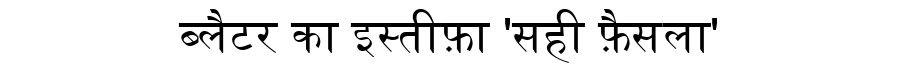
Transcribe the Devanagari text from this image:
ब्लैटर का इस्तीफ़ा 'सही फ़ैसला'